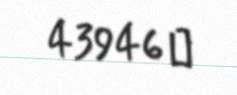
43946 ₼